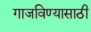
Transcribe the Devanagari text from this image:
गाजविण्यासाठी